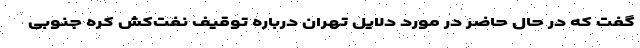
گفت که در حال حاضر در مورد دلایل تهران درباره توقیف نفت‌کش کره جنوبی